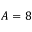
A = 8